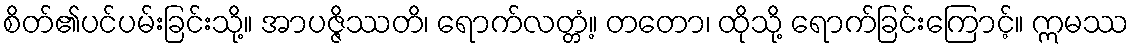
စိတ်၏ပင်ပမ်းခြင်းသို့။ အာပဇ္ဇိဿတိ၊ ရောက်လတ္တံ့။ တတော၊ ထိုသို့ ရောက်ခြင်းကြောင့်။ ဣမဿ